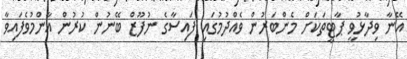
އޭނާ ވިދާޅުވީ ޕާޓީތަކަށް މެންބަރުން ވެއްދުމުގައި ފައިސާގެ ނުފޫޒް ބޭނުން ކުރުން އާންމުވެފައިވާ